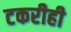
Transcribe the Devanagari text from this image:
टकरीही